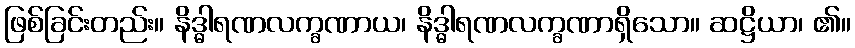
ဖြစ်ခြင်းတည်း။ နိဒ္ဓါရဏလက္ခဏာယ၊ နိဒ္ဓါရဏလက္ခဏာရှိသော။ ဆဋ္ဌိယာ၊ ၏။